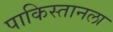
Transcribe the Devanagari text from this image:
पाकिस्तानला